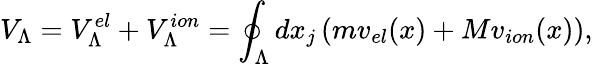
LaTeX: V_{\Lambda}=V_{\Lambda}^{el}+V_{\Lambda}^{ion}=\oint_{\Lambda}dx_{j}\left(mv_{el}(x)+Mv_{ion}(x)\right),